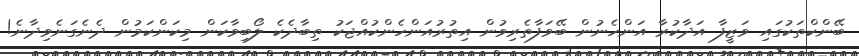
ބޭންކްތަކުގައި ވަޒީފާ އަދާކުރާ އަންހެނުން ބޭވަފާތެރިވުން އިތުރުއަންހެންކުއްޖަކު ތިބާދެކެ ލޯބިވާކަން މިކަންކަމުން ދެނެގަނެވިދާނެ!